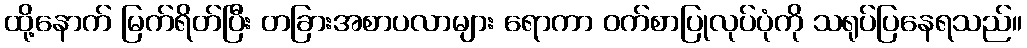
ထို့နောက် မြက်ရိတ်ပြီး တခြားအစာပလာများ ရောကာ ဝက်စာပြုလုပ်ပုံကို သရုပ်ပြနေရသည်။